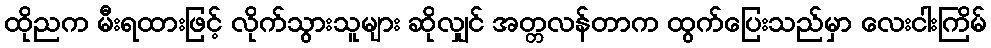
ထိုညက မီးရထားဖြင့် လိုက်သွားသူများ ဆိုလျှင် အတ္တလန်တာက ထွက်ပြေးသည်မှာ လေးငါးကြိမ်